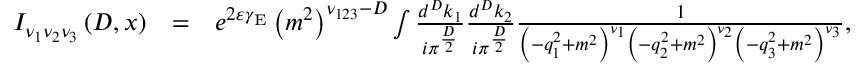
\begin{array} { r l r } { I _ { \nu _ { 1 } \nu _ { 2 } \nu _ { 3 } } \left( D , x \right) } & { = } & { e ^ { 2 \varepsilon \gamma _ { \mathrm { E } } } \left( m ^ { 2 } \right) ^ { \nu _ { 1 2 3 } - D } \int \frac { d ^ { D } k _ { 1 } } { i \pi ^ { \frac { D } { 2 } } } \frac { d ^ { D } k _ { 2 } } { i \pi ^ { \frac { D } { 2 } } } \frac { 1 } { \left( - q _ { 1 } ^ { 2 } + m ^ { 2 } \right) ^ { \nu _ { 1 } } \left( - q _ { 2 } ^ { 2 } + m ^ { 2 } \right) ^ { \nu _ { 2 } } \left( - q _ { 3 } ^ { 2 } + m ^ { 2 } \right) ^ { \nu _ { 3 } } } , } \end{array}